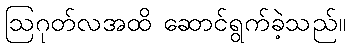
ဩဂုတ်လအထိ ဆောင်ရွက်ခဲ့သည်။